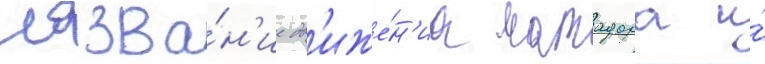
назва́н'ие дв'иже́н'иа матадора и́